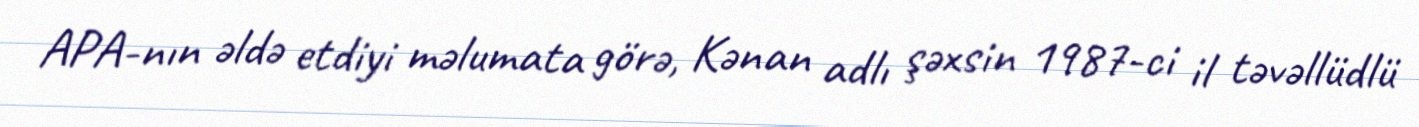
APA-nın əldə etdiyi məlumata görə, Kənan adlı şəxsin 1987-ci il təvəllüdlü